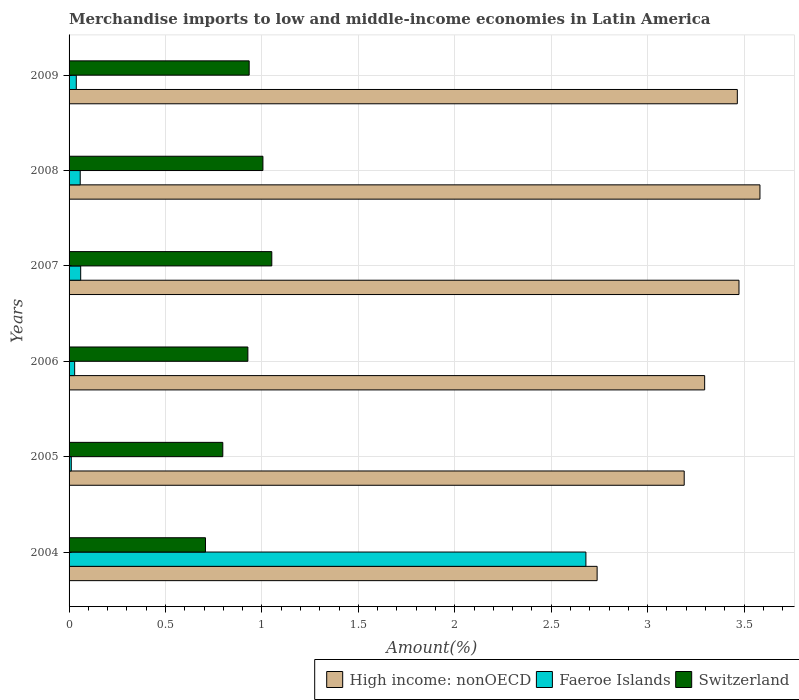
| Years | High income: nonOECD | Faeroe Islands | Switzerland |
 | --- | --- | --- | --- |
 | 2004 | 2.74 | 2.68 | 0.707 |
 | 2005 | 3.19 | 0.0115 | 0.797 |
 | 2006 | 3.3 | 0.029 | 0.927 |
 | 2007 | 3.47 | 0.0602 | 1.05 |
 | 2008 | 3.58 | 0.0578 | 1.01 |
 | 2009 | 3.47 | 0.0375 | 0.934 |